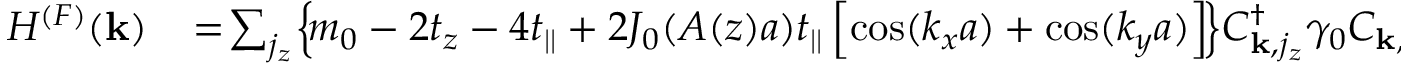
\begin{array} { r l } { H ^ { ( F ) } ( { \bf k } ) } & { { } \! = \! \sum _ { j _ { z } } \! \left\{ \! m _ { 0 } - 2 t _ { z } - 4 t _ { | | } + 2 { \cal J } _ { 0 } ( A ( z ) a ) t _ { | | } \left[ \cos ( k _ { x } a ) + \cos ( k _ { y } a ) \right] \! \right\} \! C _ { { \bf k } , j _ { z } } ^ { \dagger } \gamma _ { 0 } C _ { { \bf k } , j _ { z } } } \end{array}